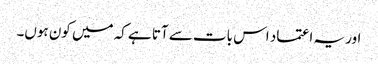
اور یہ اعتماد اس بات سے آتا ہے کہ میں کون ہوں۔